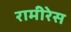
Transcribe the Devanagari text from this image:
रामीरेस